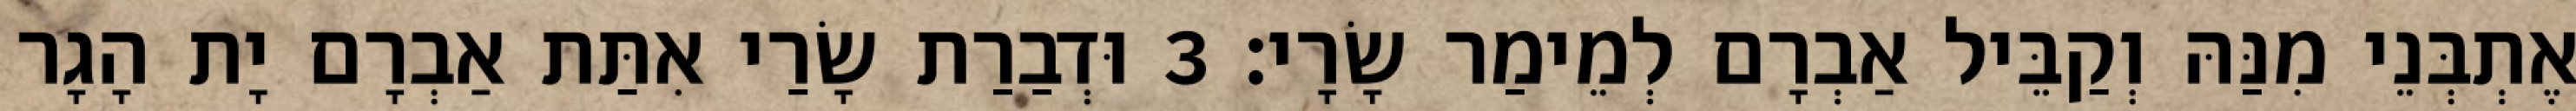
אֶתְבְּנֵי מִנַּהּ וְקַבֵּיל אַבְרָם לְמֵימַר שָׂרָי׃ 3 וּדְבַרַת שָׂרַי אִתַּת אַבְרָם יָת הָגָר